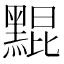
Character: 䵪